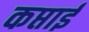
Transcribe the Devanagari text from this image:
कप्ताई